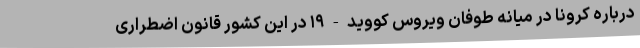
درباره کرونا در میانه طوفان ویروس کووید-۱۹ در این کشور قانون اضطراری